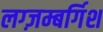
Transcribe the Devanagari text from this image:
लग्ज़म्बर्गिश